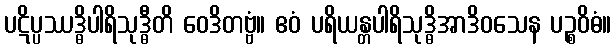
ပဋိပ္ပဿဒ္ဓိပါရိသုဒ္ဓီတိ ဝေဒိတဗ္ဗံ။ ဧဝံ ပရိယန္တပါရိသုဒ္ဓိအာဒိဝသေန ပဉ္စဝိဓံ။